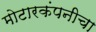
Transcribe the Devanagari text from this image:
मोटारकंपनीचा